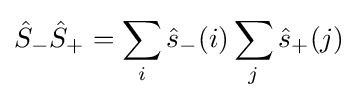
{\hat {S}}_{-}{\hat {S}}_{+}=\sum _{i}{\hat {s}}_{-}(i)\sum _{j}{\hat {s}}_{+}(j)